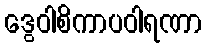
ဒွေဝါစိကာပဝါရဏာ